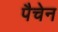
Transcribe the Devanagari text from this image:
पैचेन